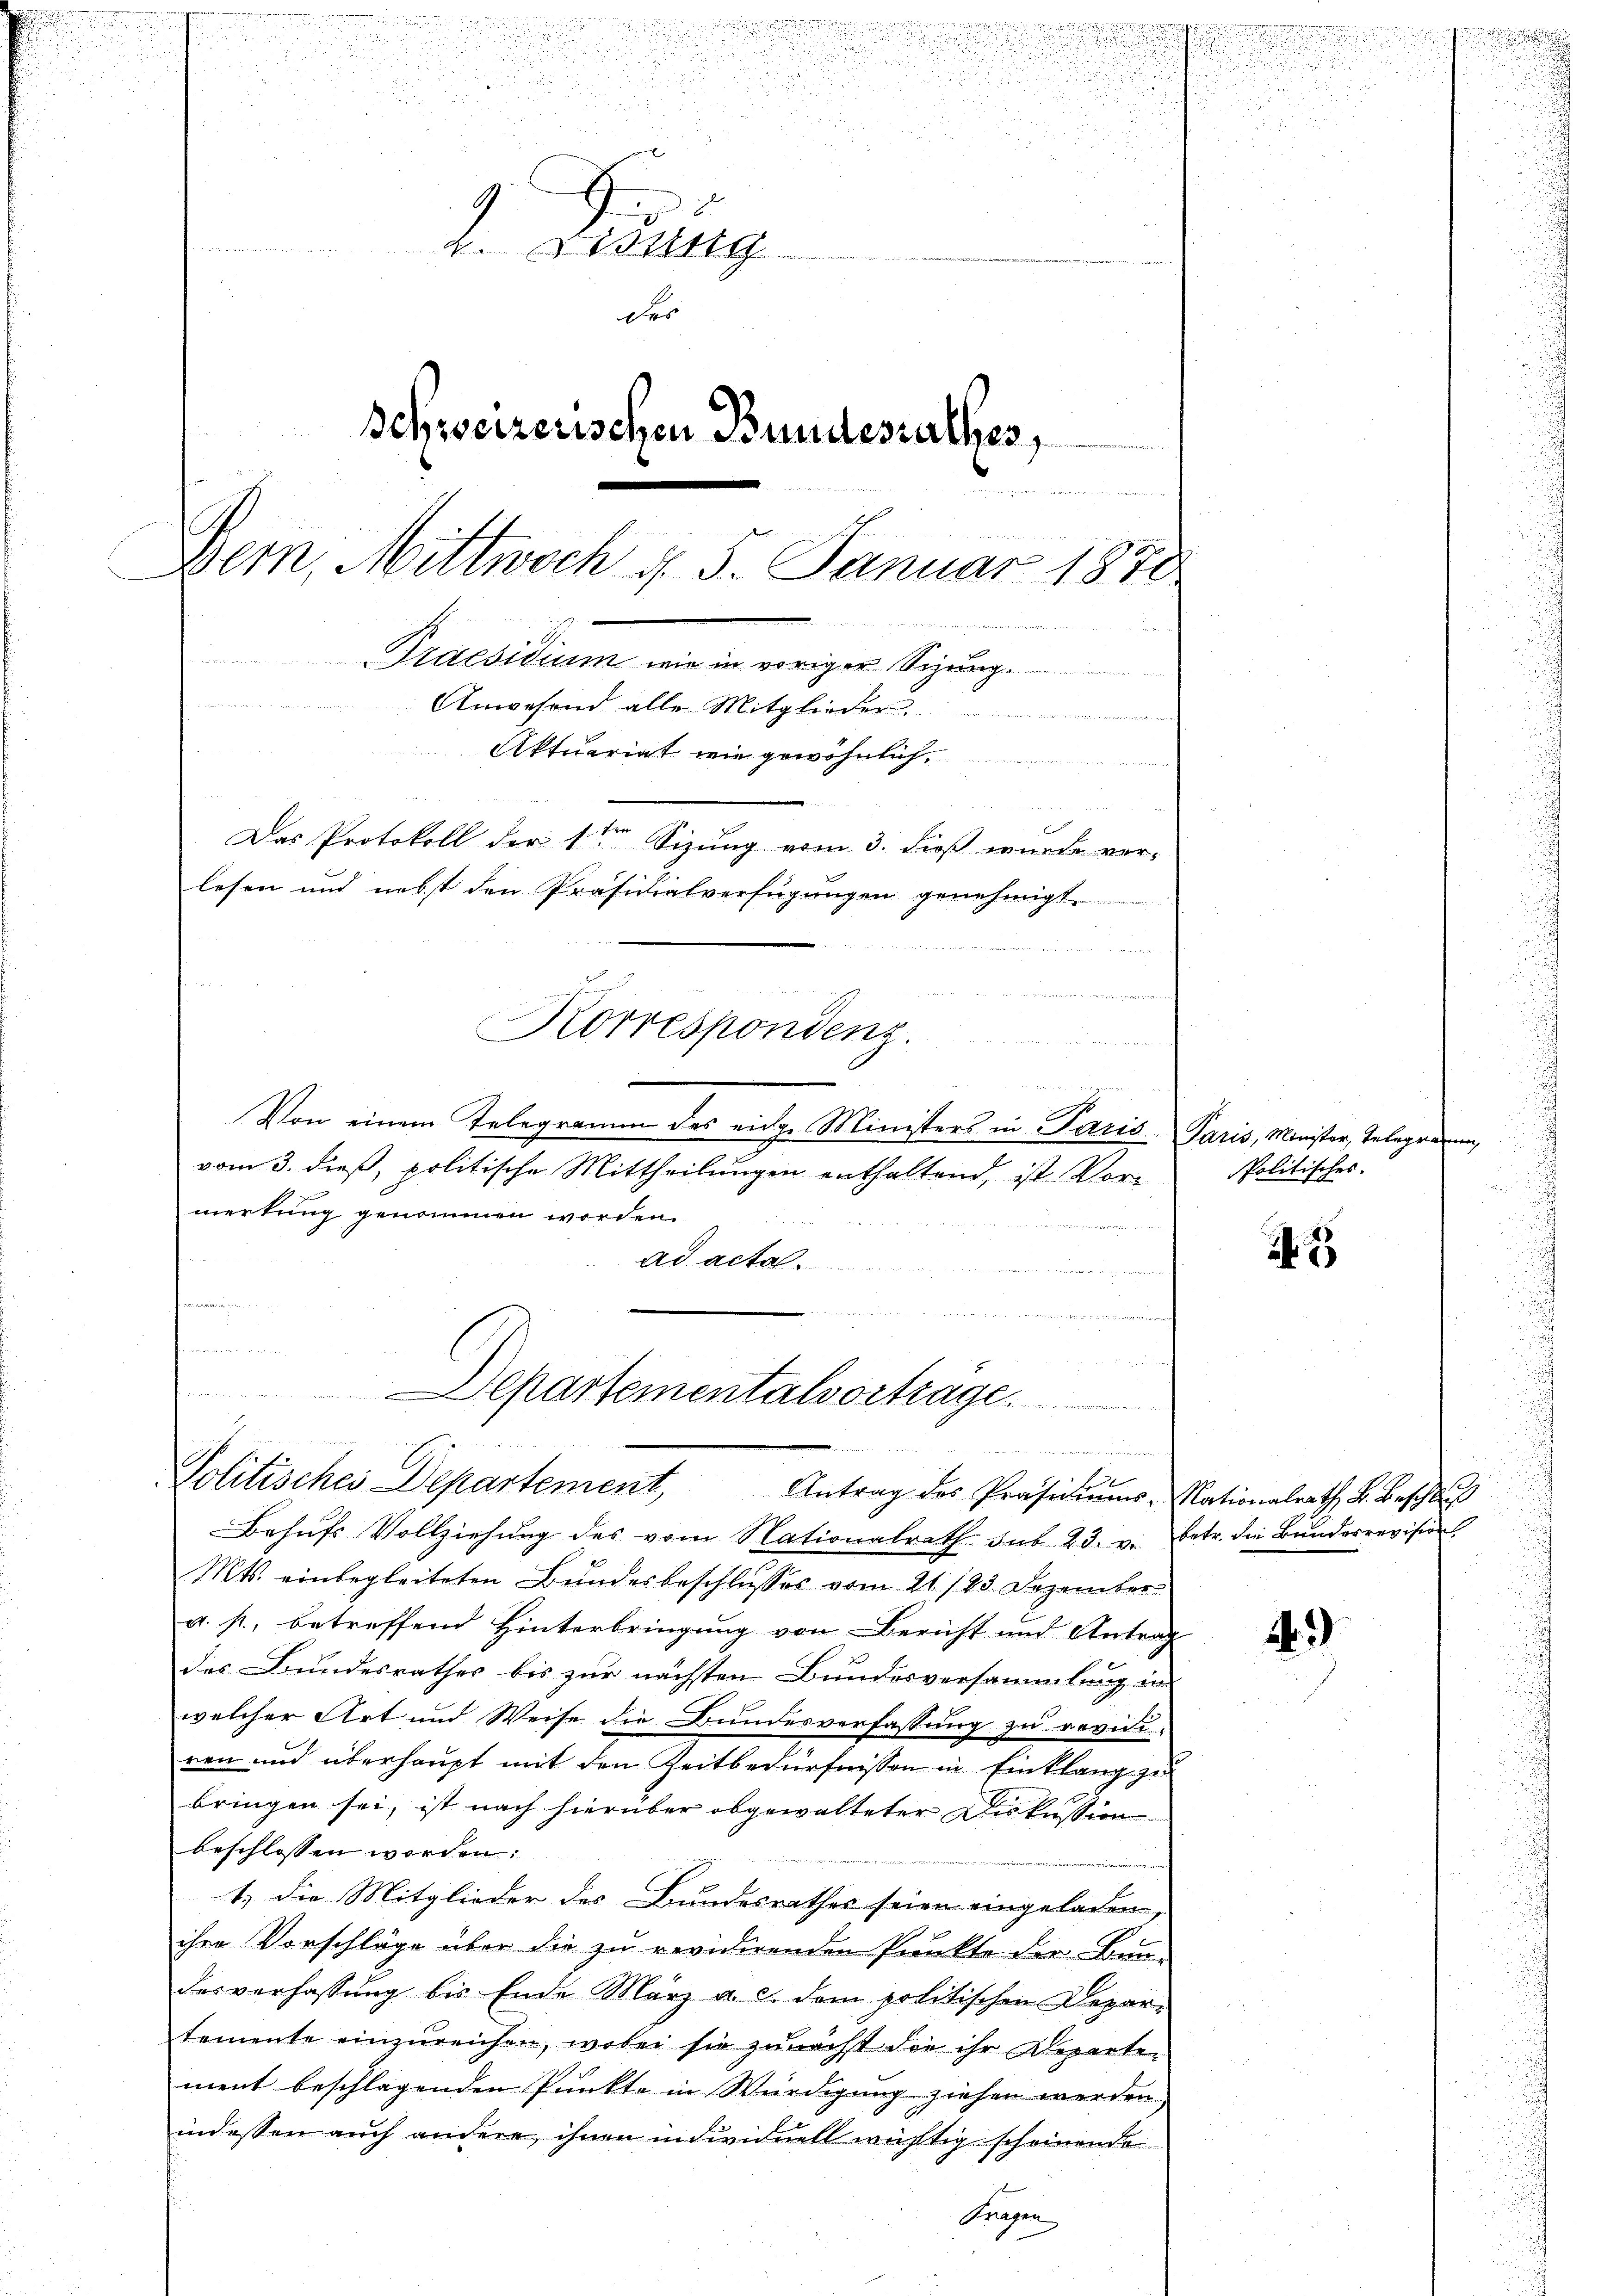
u

. . .
n

n

.

u

.
31

i

u

9
4. g
der
Schweizerischen Bundesrathes,

Bern, Mittwoch d. 3. Januar 1870
Praesidium wie in voriger Sizung.
Anwesen alle Mitglieder
Aktuariat wie gewöhnlich
Das Protokoll der 1ten Sizung vom 3. dieß wurde verlesen und nebst den Präsidialverfügungen genehmigt.
  der sich
 trengen erth aus de
Korrespondenz.

vom 3. dieß, politische Mittheilungen enthaltend, ist Vormerkung genommen worden.
n
ad acta

ammen und ainsinnung
d a Mar
Departementalvorträge

Behŭfs Vollziehŭng des vom Nationalrath sub 23. v. betr. die Bŭndesrevision
Mts. einbegleiteten Bundesbeschlusses vom 21. 193. Dezember
a. p., betreffend Hinterbringung von Bericht und Antrag
des Bundesrathes bis zur nächsten Bundesversammlung in
welcher Art und Weise die Bundesverfassung zu revidi-
ren und überhaupt mit den Zeitbedürfnissen in Einklang zu
bringen sei, ist nach hierüber abgewalteter Diskussion
beschlossen worden:
1.) Die Mitglieder des Bundesrathes seien eingeladen
ihre Vorschläge über die zu revidirenden Punkte der Bau-
desverfassung bis Ende März a. c. dem politischen Depar-
temente einzureichen, wobei sie zunächst die ihr Departement beschlagenden Punkte in Würdigung ziehen werden
indessen auch andere, ihnen in dividuell wichtig scheinende
Fragen

xx ge
.
Von einem Telegramm des eidge Ministers in Paris Paris, Minister, Telegrauen,

deine
e
iechen
Politisches Departement Antrag des Präsidŭngs-Nationalrath F. Beschlŭs

u

Politisches.

2

3

.

1)

.